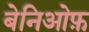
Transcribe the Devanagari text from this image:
बेनिओफ़